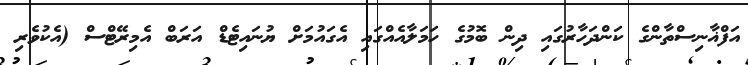
އަފްޣާނިސްތާންގެ ކަންދަހާރުގައި ދިން ބޮމުގެ ހަމަލާއެއްގައި އެގައުމަށް ޔުނައިޓެޑް އަރަބް އެމިރޭޓްސް (އެކުވެރި